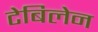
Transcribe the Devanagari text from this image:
टेबिलेन